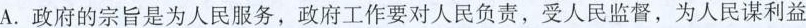
A.政府的宗旨是为人民服务，政府工作要对人民负责，受人民监督，为人民谋利益